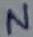
Text: N